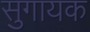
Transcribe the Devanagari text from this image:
सुगायक